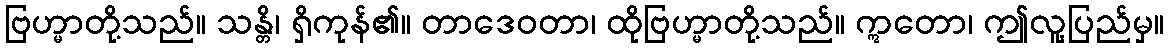
ဗြဟ္မာတို့သည်။ သန္တိ၊ ရှိကုန်၏။ တာဒေဝတာ၊ ထိုဗြဟ္မာတို့သည်။ ဣတော၊ ဤလူ့ပြည်မှ။